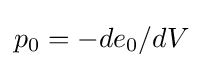
p_{0}=-de_{0}/dV